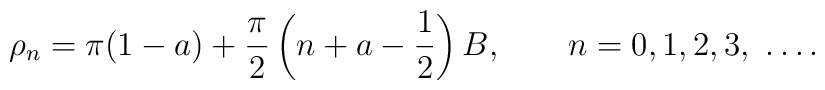
\rho_n=\pi(1-a) +\frac{\pi}{2}\left(n+a-\frac{1}{2}\right)B,\qquad n=0,1,2,3,\ \dots .